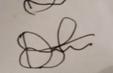
Signature authenticity: forged